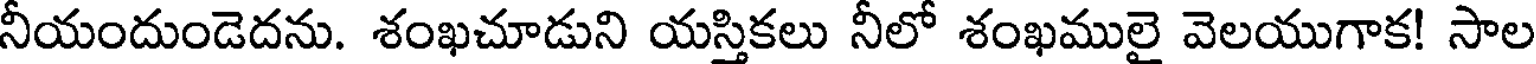
నీయందుండెదను. శంఖచూడుని యస్తికలు నీలో శంఖములై వెలయుగాక! సాల